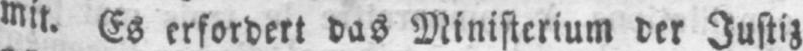
mit. Es erfordert das Ministerium der Justiz